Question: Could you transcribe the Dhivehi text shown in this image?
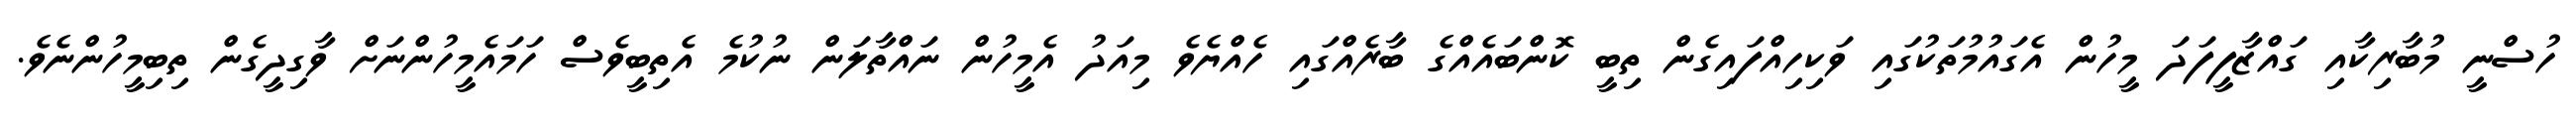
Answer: ހުސްނީ މުބާރިކާއި ގައްޒާފީފަދަ މީހުން އެގައުމުތަކުގައި ވަކިހިއްފައިގެން ތިބީ ކޮންބައެއްގެ ބާރެއްގައި ހެއްޔެވެ މިއަދު އެމީހުން ނައްތާލަން ނުކުމެ އެތިބީވެސް ހަމައެމީހުންނަށް ވާގިދީގެން ތިބިމީހުންނެވެ.